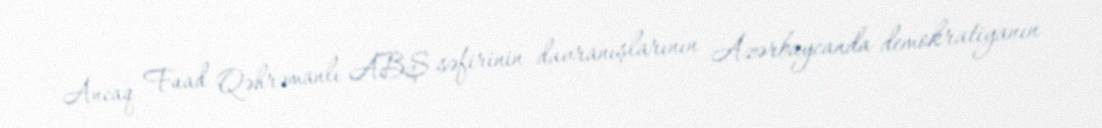
Ancaq Fuad Qəhrəmanlı ABŞ səfirinin davranışlarının Azərbaycanda demokratiyanın